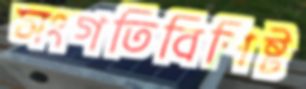
সংগতিবিশিষ্ট